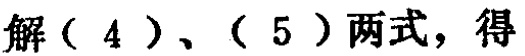
解（4）、（5）两式，得